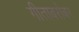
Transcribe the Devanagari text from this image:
गीताबरोबर